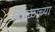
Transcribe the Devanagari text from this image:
निढ़ळाच्या